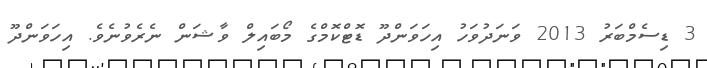
3 ޑިސެމްބަރު 2013 ވަނަދުވަހު އިހަވަންދޫ ޑޮޓްކޮމްގެ މޯބައިލް ވާޝަން ނެރެވުނެވެ. އިހަވަންދޫ